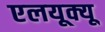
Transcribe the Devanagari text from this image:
एलयूक्यू